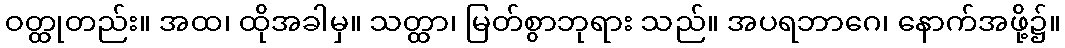
ဝတ္ထုတည်း။ အထ၊ ထိုအခါမှ။ သတ္ထာ၊ မြတ်စွာဘုရား သည်။ အပရဘာဂေ၊ နောက်အဖို့၌။